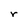
Character: r